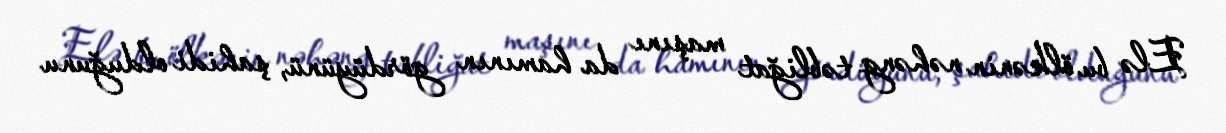
Elə bu ölkənin nəhəng təbliğat maşını da hamının gördüyünü, şahidi olduğunu